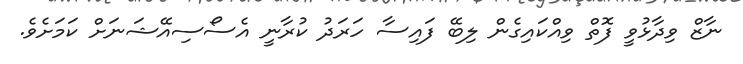
ނާޒް ވިދާޅުވީ ފޮތް ވިއްކައިގެން ލިބޭ ފައިސާ ހަރަދު ކުރާނީ އެސޯސިއޭޝަނަށް ކަމަށެވެ.